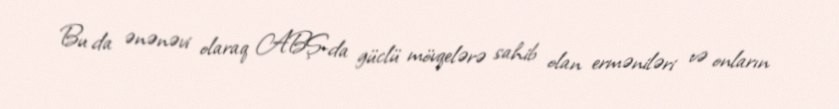
Bu da ənənəvi olaraq ABŞ-da güclü mövqelərə sahib olan erməniləri və onların